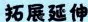
拓展延伸